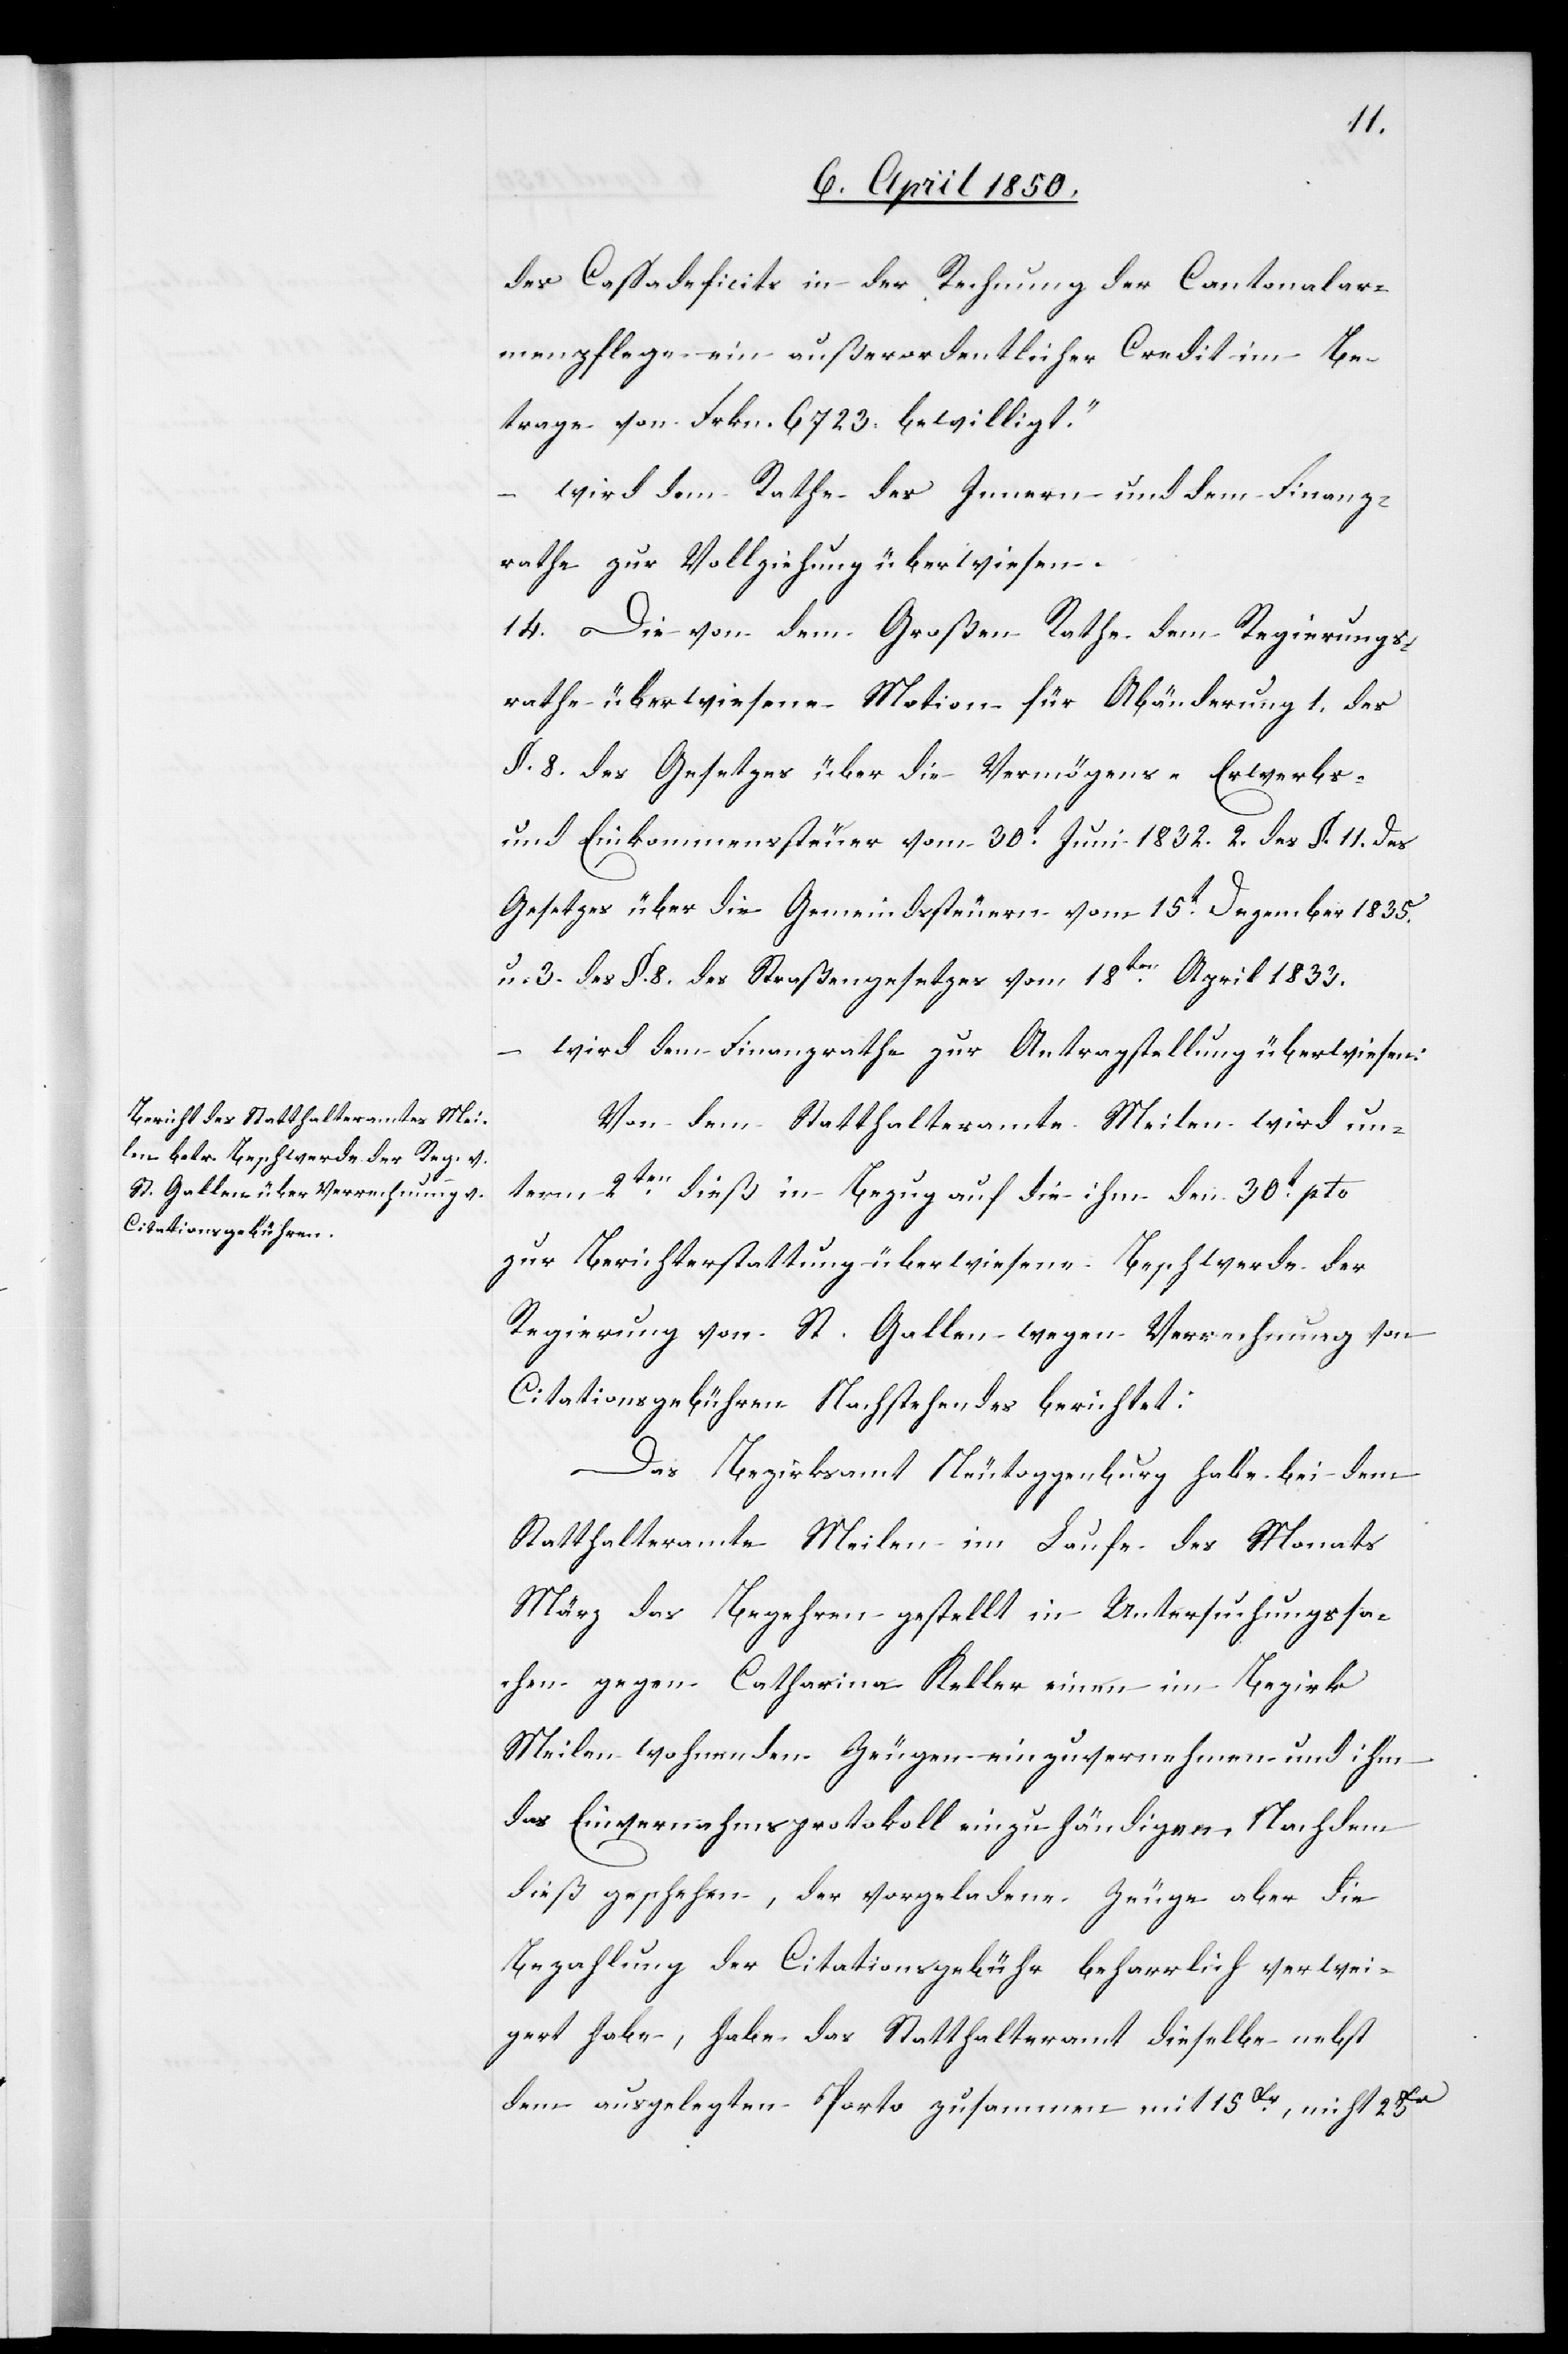
des Cassadeficits in der Rechnung der Cantonalar¬
menpflege ein außerordentlicher Credit im Be¬
trage von Frkn. 6723. bewilligt.“
wird dem Rathe des Innern und dem Finanz¬
rathe zur Vollziehung überwiesen.
14. Die von dem Großen Rathe dem Regierungs¬
rathe überwiesene Motion für Abänderung 1. des
§. 8. des Gesetzes über die Vermögens- Erwerbs-
und Einkommenssteuer vom 30t Juni 1832. 2. des §. 11. des
Gesetzes über die Gemeindssteuern vom 15t Dezember 1835.
u. 3. des §. 8. des Straßengesetzes vom 18tn April 1833.
wird dem Finanzrathe zur Antragstellung überwiesen.
Von dem Statthalteramte Meilen wird un¬
term 2ten dieß in Bezug auf die ihm den 30t pto
zur Berichterstattung überwiesene Beschwerde der
Regierung von St. Gallen wegen Verrechnung von
Citationsgebühren Nachstehendes berichtet:
Das Bezirksamt Neutoggenburg habe bei dem
Statthalteramte Meilen im Laufe des Monats
März das Begehren gestellt in Untersuchungssa¬
chen gegen Catharina Keller einen im Bezirk
Meilen wohnenden Zeugen einzuvernehmen und ihm
das Einvernehmsprotokoll einzuhändigen. Nachdem
dieß geschehen, der vorgeladene Zeuge aber die
Bezahlung der Citationsgebühr beharrlich verwei¬
gert habe, habe das Statthalteramt dieselbe nebst
dem ausgelegten Porto zusammen mit 15Fr, nicht 23Fr